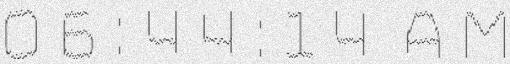
06:44:14 AM